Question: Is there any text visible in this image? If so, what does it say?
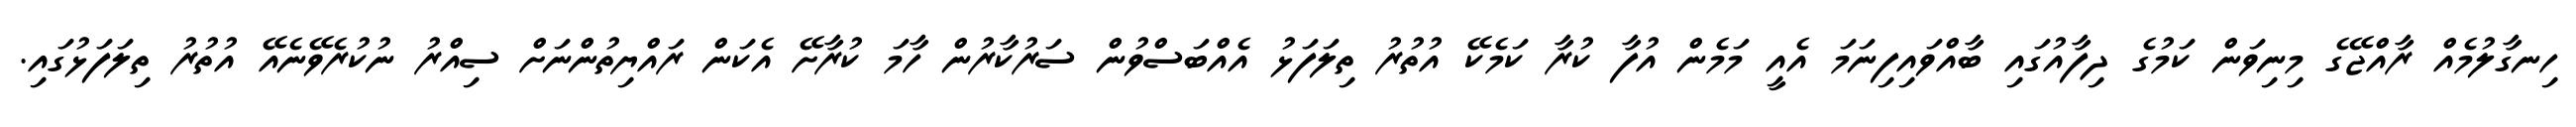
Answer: ހިނގާލުމެއް ރާއްޖޭގެ މިނިވަން ކަމުގެ ދިފާއުގައި ބާއްވައިފިނަމަ އެއީ މަމެން އުފާ ކުރާ ކަމެކޭ އުތުރު ތިލަފަޅު އެއްބަސްވުން ސަރުކާރުން ހާމަ ކުރާށޭ އެކަން ރައްޔިތުންނަށް ސިއްރު ނުކުރެވޭނެއޭ އުތުރު ތިލަފަޅުގައި.